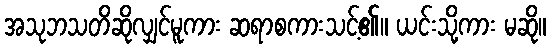
အသုဘသတိဆိုလျှင်မူကား ဆရာစကားသင့်၏။ ယင်းသို့ကား မဆို။